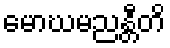
မောဃမညန္တီတိ